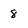
Character: 8